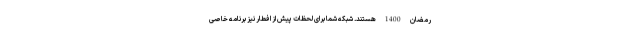
رمضان 1400 هستند. شبکه شما برای لحظات پیش از افطار نیز برنامه خاصی